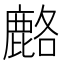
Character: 𫜍